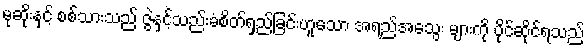
မုဆိုးနှင့် စစ်သားသည် ဇွဲနှင့်သည်းခံစိတ်ရှည်ခြင်းဟူသော အရည်အသွေး များကို ပိုင်ဆိုင်ရသည်